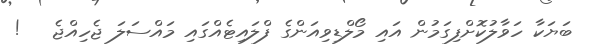
ބަޔަކާ ހަވާލުކޮށްފިގަމުން އައި މޯލްޑިވިއަންގެ ފްލައިޓެއްގައި މައްސަލަ ޖެހިއްޖެ   !